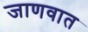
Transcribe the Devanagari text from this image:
जाणवात